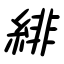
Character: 緋